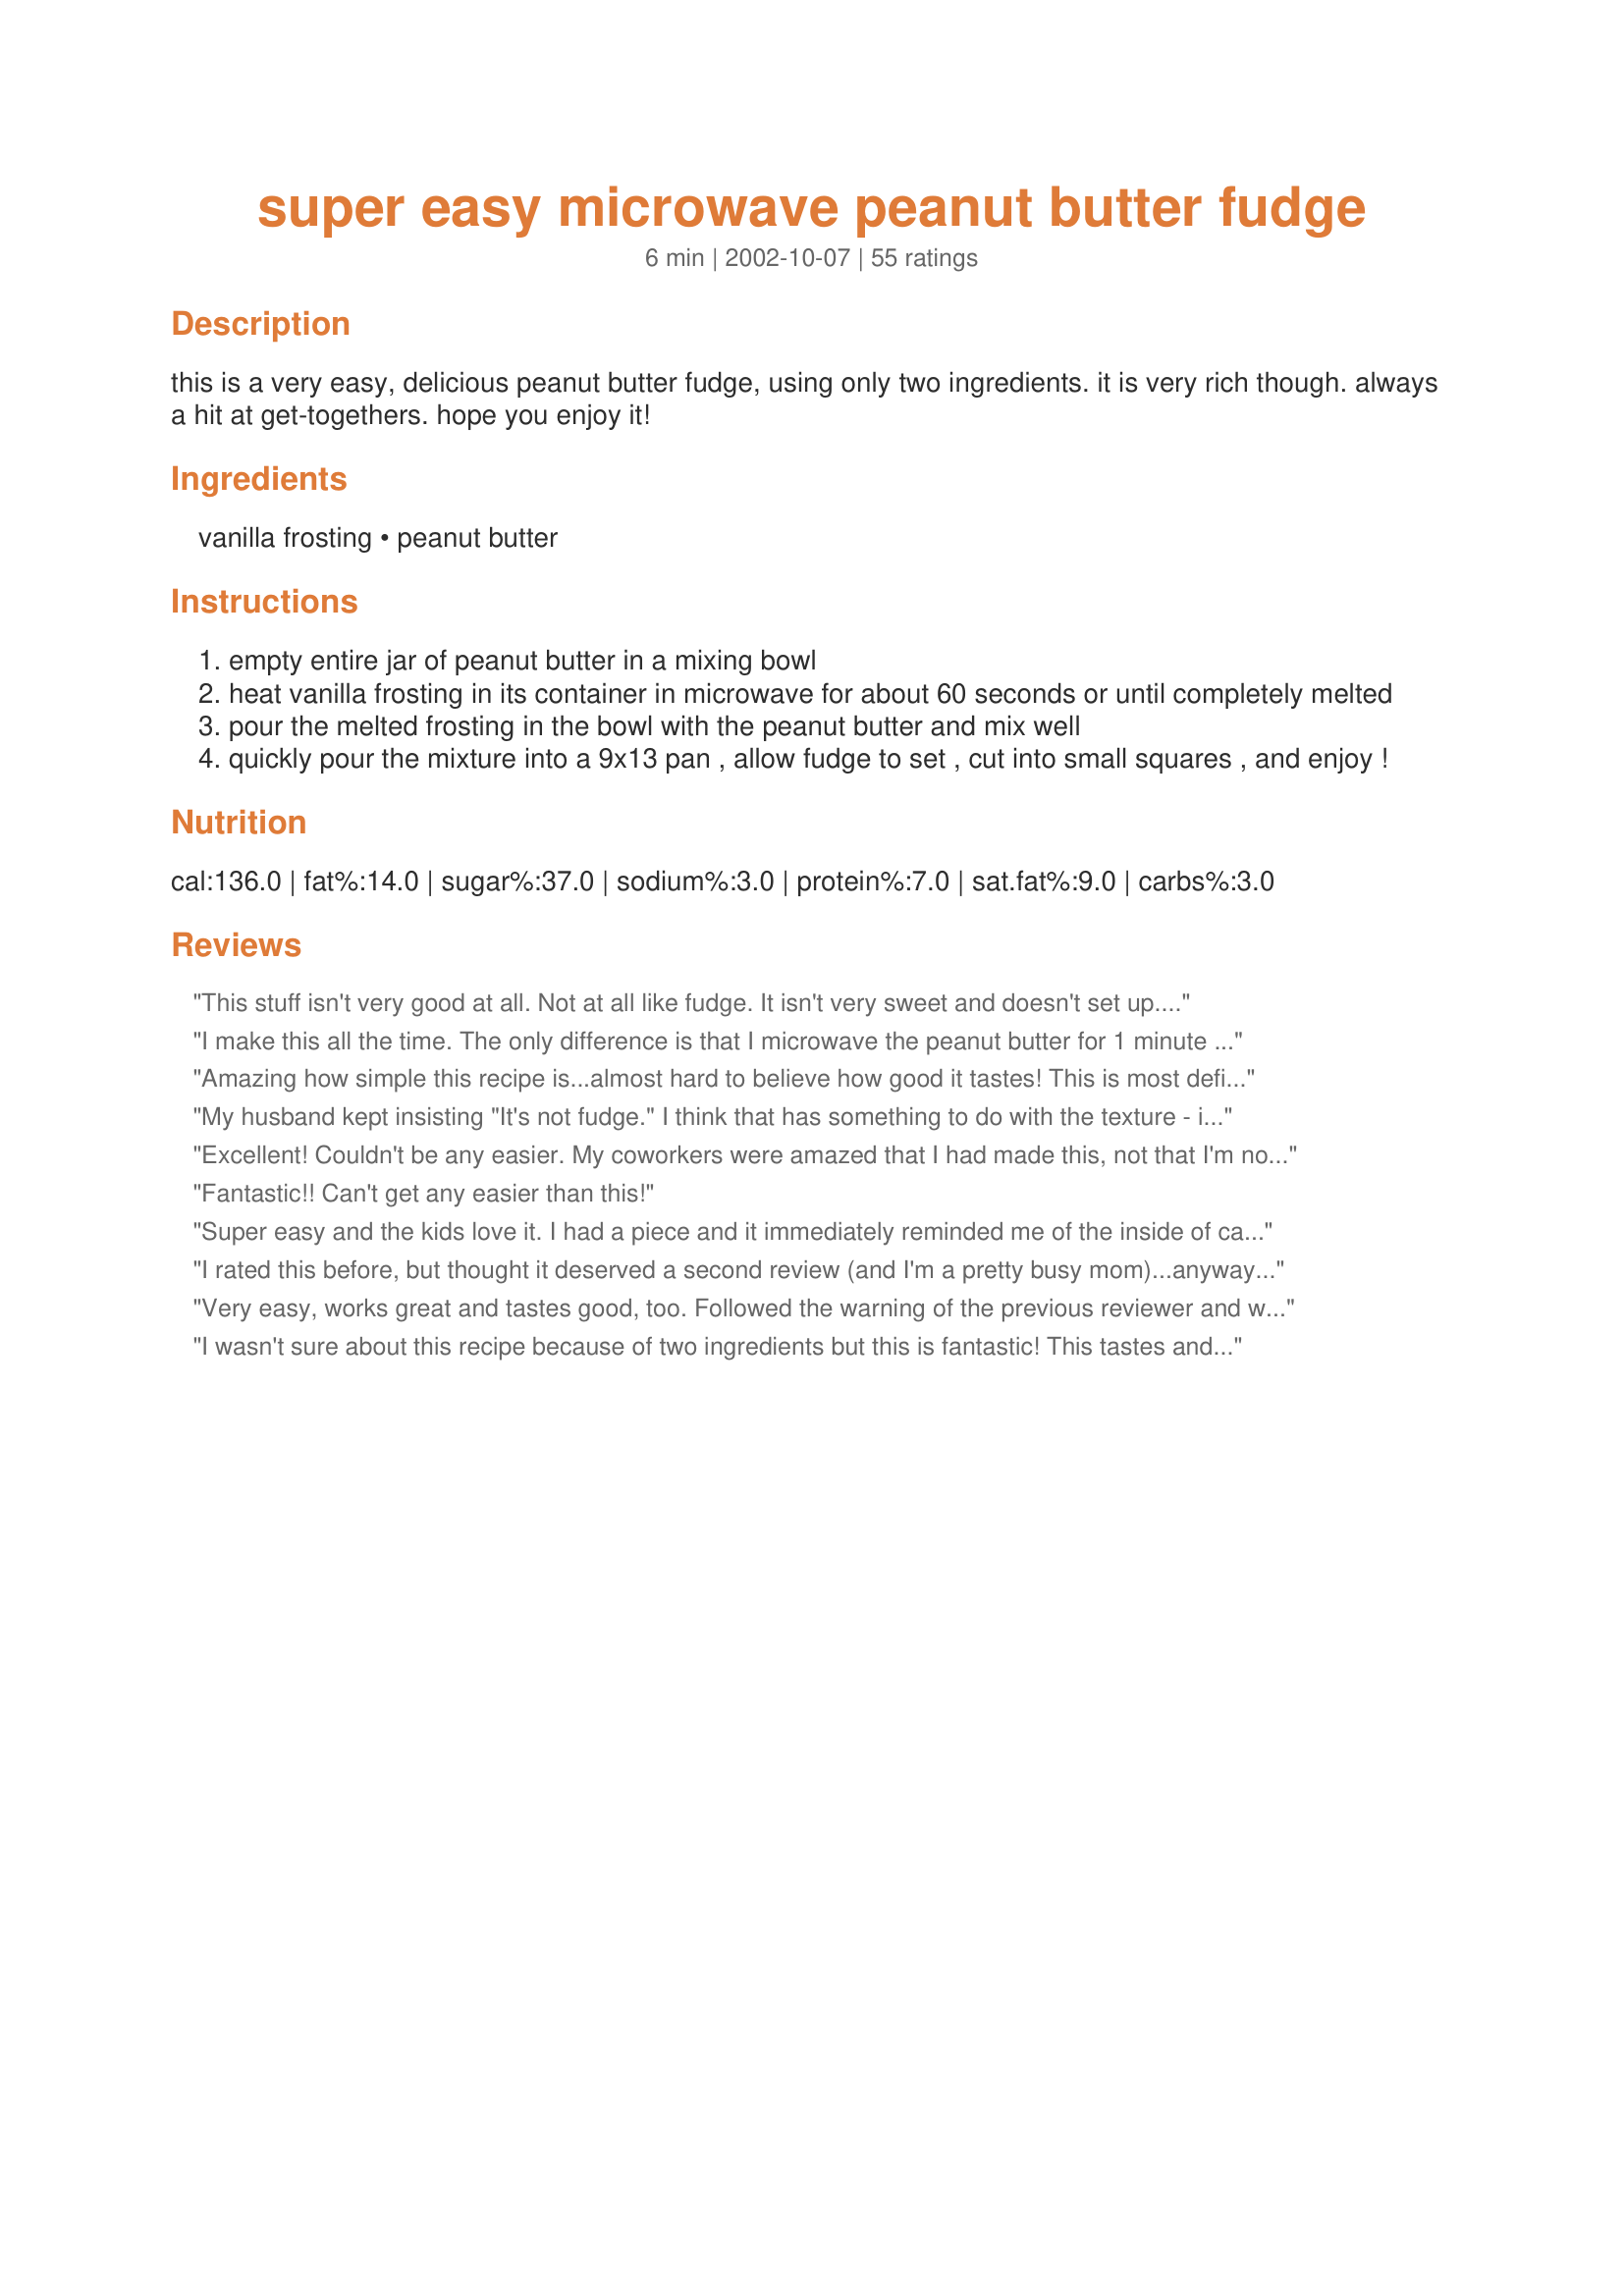
super easy microwave peanut butter fudge
Preparation time: 6 minutes

this is a very easy, delicious peanut butter fudge, using only two ingredients. it is very rich though. always a hit at get-togethers. hope you enjoy it!

Ingredients:
vanilla frosting, peanut butter

Steps:
empty entire jar of peanut butter in a mixing bowl
heat vanilla frosting in its container in microwave for about 60 seconds or until completely melted
pour the melted frosting in the bowl with the peanut butter and mix well
quickly pour the mixture into a 9x13 pan , allow fudge to set , cut into small squares , and enjoy !

Reviews:
This stuff isn't very good at all. Not at all like fudge. It isn't very sweet and doesn't set up. Won't make again.
I make this all the time. The only difference is that I microwave the peanut butter for 1 minute and as I am dumping it in a bowl, I microwave the icing for 1 minute. Then I mix the two together and stir vigorously. It always sets up nicely and taste great.
Amazing how simple this recipe is...almost hard to believe how good it tastes! This is most definitely a keeper.
My husband kept insisting "It's not fudge." I think that has something to do with the texture - it doesn't firm up as much as more complicated fudge recipes. Still, it's yummy, and a great recipe to pull out of the hat at the last minute. I used a can of "Fun Favorites" that I had on hand (the one that has the pouch of candy coated chocolate & sprinkles). I added the colored bits just before pouring into the pan, and they mixed in without melting. This makes me think you could add red & green sprinkles if you wanted a more "Christmasy" presentation.
Excellent! Couldn't be any easier. My coworkers were amazed that I had made this, not that I'm not an excellent cook, but they thought it was store bought. Will definitely be making this often and may try chocolate as well. Thanks for a great recipe!
Fantastic!! Can't get any easier than this!
Super easy and the kids love it. I had a piece and it immediately reminded me of the inside of candy Buckeyes that I make for Holidays. I think next time I will take it a step further and melt some choc. chips to spread on top. Thanks for the super easy recipe Nane!
I rated this before, but thought it deserved a second review (and I'm a pretty busy mom)...anyway, my husband likes this so much that he requests it at least once a month. I have made so many fudge recipes and this is the only one he wants. We do refridgerate after making to get the recipe to a more firm consistancy. Thank you so much for calming my husbands peanut butter cravings!
Very easy, works great and tastes good, too. Followed the warning of the previous reviewer and was very careful not to add extra peanut butter. As I said, very easy; and it tasted great. Everyone who tried it couldn't believe it was this easy. I love peanut butter fudge, but I hate the mess that goes with it. This will be my new peanut butter fudge recipe. Thanks!
I wasn't sure about this recipe because of two ingredients but this is fantastic! This tastes and feels exactly like fudge.
Very good, very easy, and I&#039;m very appreciative. Thank you.
My MIL made this last year, and hubby requested it for this year. It's so simple to make, and no one would ever guess it's only 2 ingredients. This produces a smooth and creamy fudge. Thanks for posting, Nane!
I rated this a 2 because it is incredibly easy to make. However, It is not very good fudge. Fudge us supposed to be sweet, but this really isn't. I won't make it again.
Great recipe! Simple! Quick! Everyone loved it! What more can I say? Smooth creamy texture. Will make again. Thank you for the recipe!
Super easy is putting it mildly! I made this in 2 minutes! It is very creamy, not too sweet like some. When I need a party recipe in a hurry, this is the one I'll reach for. Very good! Thanks!!
Used plain vanilla frosting and chunky PB and it tastes great and was done in a snap with minimal cleanup. Mixed them together and heated in the microwave and lined pan with waxed paper. Done in a snap!
this recipe is so good and so delicious. I used Reese&#039;s peanut butter and Pillsbury chocolate frosting. so easy!! traditionalfudge is so hard to make especially with my two year old running around so I tried this and I&#039;m so glad I did!
I gave this recipe 4 stars. My family really enjoyed this fudge. I first had this fudge at my future mother-inlaws. She got the recipe from my brother-inlaws mother Louise. When Louise made this fudge she used vanilla frosting for one flavor (peanut butter) and chocolate for the other flavor (chocolate/peanut butter). Louise said to Not use whipped frosting. When I made this I used Pillsbury's reduced sugar vanilla frosting (FYI it's 10 grams of sugar per 2 tbl.) serving, Smuckers Natural peanut butter and I added a scoop of GNC vanilla protein powder to bump up my protein. These changes did not affect the flavor at all it tasted great and no one could tell it had protein powder in it! Update: Like any fudge the humidity does affect this fudge. I took the fudge to a outdoors family reunion and my fudge was super soft. Maybe it was the reduced sugar frosting or the because I added protein powder. I let this sit in the fridge overnight to see if it firmed up and it did. It still wasn't firm like Louise's so I think I'll talk with her about how exactly she made it. Overall this is great! I only came home with half a pan and have even less left now! Thanks for posting a yummy recipe! Christine (internetnut)
I made this a few nights ago and was amazed it turn out so good and was so easy. I use all natural peanut butter though and it was too strong in flavor, next time i will use a different brand. Thanks
Absolutely the best fudge ever! I did a bit of experimenting and used white chocolate chips and orange frosting and BAM... I had dreamsickle fudge!
I just made this, it great! I made it using crunchy peanut butter. Love it.
I just made a batch of this today. My DIL was visiting & wanted to make fudge. The thought of the work that goes into making traditional fudge with her 2 toddlers underfoot simply didn't sound fun to me. To satisfy her chocolate tooth, I used a can of fudge frosting. The peanut butter was Smucker's natural & seemed a bit stiff when I was stirring it so I added 2 tablespoons of melted butter. The result was a big hit so I send it home with her. She should have a lively afternoon if she lets the kids sample it ;-) Thanks for sharing the recipe!
I was skeptical at first, but this recipe is so ubelieveably easy AND delicious. I was amazed.
For something sooo simple, this was wonderful. You have to like peanut butter and like fudge to enjoy it, but if you do, this is a great treat for a picnic or party, or just to snack on at home (in moderation!) I used Reese's peanut butter, and was told it tasted like the inside of a peanut butter cup.
Simple to make and very good! Thank you for sharing!
Made this last night and brought it to work today. It should last until 10 am maybe. Good recipe. Quick and easy. But really rich!
So simple and everybody at work raved! Several people asked for the recipe, although with only two ingredients, it hardly classifies as such, more of a technique!
,
Delicious! So simple & tasty
Turned out great used chocolate frosting taste just like a Reeses
This is so simple it's almost silly! My only quibble would to say that I don't think it's "fudge". But, recipe title notwithstanding, this candy is very tasty and just so, so easy to make. I bought a 500-gram jar of peanut butter (I used smooth) and a tub of french vanilla frosting -- it all worked great. After putting the mixture into an ungreased 13x9 pan (another time saver!), I noticed that it firmed up quite quickly. All in all, a great recipe to keep on hand for the holidays. I plan to serve little squares of this in red foil cups on my xmas cookie platters. Thanks for the recipe!
Yummmmmmy! Never had fudge so creamy !!!!!!!!!!A keeper for sure !!!!!!!!!!!!!Thanks for posting !!!!!!!!!!!!!!!!!!!!!!
Ok I was looking for fudge recipes this morning before I went to the store. I read this and thought wow too easy but then when I got to the store I kept thinking about it. So I grabbed some frosting and a jar of peanut butter, got home didnâ€™t even look at the recipe just made it, so simple, I feel like I cheated or something. I even got a little scared and added 1/2 cup powdered sugar when I made it. I am such a chicken. After dinner, we sampled it and boy it is Sooo good! Sooo soft! Soo Creamy, like a truffle! A peanut butter truffle. A little hard to get out of the pan, yet it holds its shape well for as soft as it is. Every one likes it. I think if I did it, again I would roll them in a ball and dip them in chocolate with a little paraffin wax. Come to think of it, My mother use to make something similar with dates in the peanut butter rolled into finger shapes dipped in chocolate (Date logs) My husband says he wants to spread it on his toast, I gave him a funny look and he said "what, itâ€™s not any different then nutella on toast."
This fudge was great! Soooo easy and EVERYONE loved it! Of course, it's not what you'd find at the specialty candy stores, but for a great tasting, quick treat it is fantastic! I bring this to gatherings and have given it away in gift baskets. Nobody ever believes how easy it is to make! This recipe is definitely a keeper!
No more praying that my fudge will "set up". This was almost too easy! I can see how it could become habit-forming. Not wanting it all to go to my hips, I only used 1/2 cup of each. I ate all of it in 2 days!!!!
I too will try it with chocolate frosting next time. Yummy and creamy! Added note: Just made the entire recipe, and it really isn't enough for a 9X13 pan. I like fudge to be about an inch square, so I would advise an 8X8 or 9X9 pan.
Wow! This was super easy to make and held up great even out of the refrigerator. I panning the mixture I placed it in the fridge for about 45 minutes, after that it was ready to cut and consume. I also made it with chocolate frosting.
I'm not all that crazy about fudge, mostly because 99% of the fudge I've ever tried has been powdery little blocks. This is great. So moist and rich. I've only tasted one other that I liked better than this, hence, the 4 stars instead of 5.
This is supper easy to make. The only problem it does not have the fudge textures so I added 2 cups of powder sugar to the peanut butter. It did the trick. That's why I give it a 4. It just needed a little more work to fix it up just right.
This is absolutely the easiest fudge to make in the whole universe! I made two batches. In the first batch I used crunchy peanut butter and added 2/3 cup mini morsels according to Dottie5's suggestion. A very nice chocolate peanut butter fudge evolved (the morsels melt right in). My second batch was done according to the recipe. I think I actually liked the second fudge better, but both were great. When I looked at the available flavors of canned frosting, I started thinking that I might experiment more next time...cheesecake, chocolate fudge flavors... Oh, the total cost to make (in SE Alabama) was $2.50.
Turned out great! I cant get the recipe to print for my neighbor!
Great recipe! Thank you!
WOW! This is incredibly easy and tastes great. I like that it&#039;s not too sweet &amp; rich. I only had a tub of cream cheese frosting, and used that instead of the vanilla, and it is delicious! It took about 2 minutes to prepare. Thank you for sharing this.
This stuff is amazing! I made a double batch in a 9x13 pyrex lined with wax paper. I let the fudge set at room temperature overnight and then turned it out onto a cutting board. It was very easy to cut and made nice squares that held their shape. I do recommend working very quickly to mix the ingredients and get the mixture into a pan before it starts to stiffen. The taste and texture of the finished product are wonderful. If you like the peanut butter fudge at Souvenir City in Gulf Shores, Alabama, you're likely to be very happy with this recipe.
OMG! This was so easy and so awesome! I brought it to work and my coworkers kept asking for more! I will definitely make this again. Seems to be a great party food!
This is an incredible recipe. I used Laura Scudder natural peanut butter which gave the fudge a little drier consistency, similar to Reese's Pnutbutter cups. It was still very "melt-in-your-mouth", though. I have already printed out 4 copies of the recipe for my coworkers who went crazy for it. People look at this recipe like a magic potion. It is unbelievable that these two ingredients can be so sublime together.
It sounds like wizardry but it is easy and delicious. I used Duncan Hines Creamy Home-Style classic vanilla frosting. I also added 2/3 cup chopped peanuts to peanut butter and 2/3 cup of miniature chocolate chips (Hersheys) to peanut butter and frosting mix. Very impressive with little effort! Again...Delicious!
Absolutely the easiest candy desert to make. I was able to whip it up and have it gone in no time flat! I have made it several times. Sometimes it comes out with more of a fudge consistency than others. I think it may depend on the brands of pb and frosting you are using. I did make one using nutello also and that was good. The kids used it for "playdough' and formed little critters with it one time when we ended up with a softer batch. This is a keeper at our house. Thanks for posting!
This is very easy and good. I had this recipe in my cookbook for some time but thought it was too easy to be good. I was shopping yesterday and decided to pick up a container of frosting (I always have peanut butter on hand so didn't need to buy that). I made this tonight and hubby and the kids ate it up. It was so easy to make and is very tasty. Will be making more often. Made as written. Thanks for the great recipe Nane!
I made this for my son's 3rd birthday and everyone loved it! I can't believe how delicious it was. Everyone kept asking me how I made it. Next time I think I will try chocolate frosting. Thanks for a great recipe.
WOW!! This recipe is amazing! It's amazing because:<br/><br/>A.) It takes less than 15 min to make from start to finish<br/>B.) It only has 2 ingredients <br/>C.) I never had to turn on the oven<br/>D.) It taste so freakin good<br/>E.) Cost less than $5.00 <br/><br/>I followed this recipe but I did read the reviews before making it, a lot of people were saying that it didn't have fudge consistency so I added 1 cup of powered sugar and it was simply amazing!!
I can't believe I haven't rated this!!! I have made it a million times. My husband is a pastor and we call this Pastor's Peanut Butter fudge. If I need a super quick treat to whip up or something to give as a gift this is my go to recipe. I've made it with chocolate frosting too, I've made it with two layers one chocolate one vanilla. Its great and you can't mess it up!
I am no cook what so ever. I can do some desert dishes.This is now a new one added and one I will definitely make over and over.My husband almost did not believe that I made this.He was also more surprised to learn that it only took a few things to make such a tasty treat.I have made using different types of flavors with the frosting and used other types of extras like nuts etc.The fudge still comes out very good.You can&#039;t beat the price as well.This is also a fast make if you are in a hurry to make something last min for any type of event.
Fantastic and very easy to make.
Works great, sets great. Only caviat is that you should be careful about your ratios- just a tad too much peanut butter in the mix gives you peanut butter squares, not anything that tastes like fudge.
This is the recipe Ive been looking for, My mom had this one at least 14 years ago, and Ive been looking all over for it. She hasnow passed and I wanted to share this great tasting recipe with my kids someday. Thanks for sharing, it will now be the one and only fudge recipe Ill ever use.
